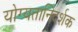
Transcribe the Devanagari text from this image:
योग्यतानिदर्शक